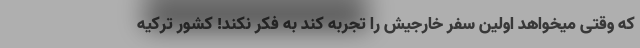
که وقتی میخواهد اولین سفر خارجیش را تجربه کند به فکر نکند! کشور ترکیه